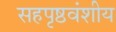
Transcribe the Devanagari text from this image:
सहपृष्ठवंशीय